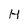
Character: H